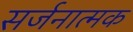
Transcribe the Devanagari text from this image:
सर्जनात्‍मक